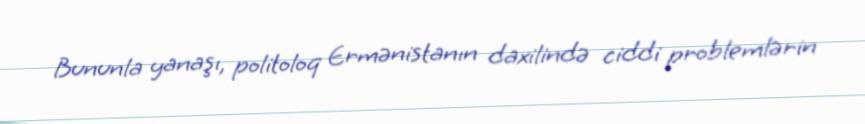
Bununla yanaşı, politoloq Ermənistanın daxilində ciddi problemlərin